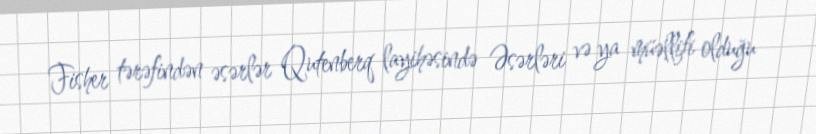
Fisher tərəfindən əsərlər Qutenberq layihəsində Əsərləri və ya müəllifi olduğu